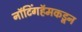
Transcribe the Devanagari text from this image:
नॉटिंगहॅमकडून